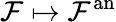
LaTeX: {\mathcal{F}}\mapsto{\mathcal{F}}^{\mathrm{an}}